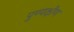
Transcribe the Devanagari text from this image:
पुण्यक्षीण